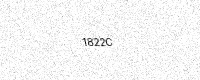
Text: 1822C